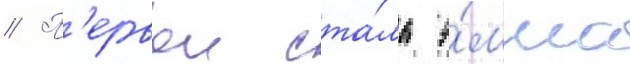
// П'ервои ста́ла э́мма